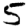
Digit: 5